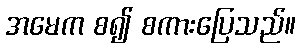
အမေက စ၍ စကားပြေသည်။